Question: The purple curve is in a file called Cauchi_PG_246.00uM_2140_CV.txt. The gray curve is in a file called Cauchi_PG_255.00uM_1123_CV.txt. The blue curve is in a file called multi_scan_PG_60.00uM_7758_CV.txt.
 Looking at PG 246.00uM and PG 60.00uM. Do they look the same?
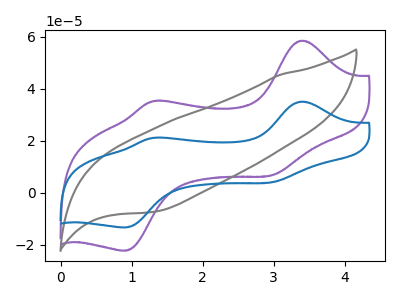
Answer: <think>The purple curve "PG 246.00uM" has anodic peaks at (3.40V, 58.50uA) (1.30V, 35.20uA) and cathodic peaks at (2.95V, 6.60uA) (0.90V, -22.25uA). The gray curve "PG 255.00uM" has no peaks. The blue curve "PG 60.00uM" has anodic peaks at (3.40V, 35.05uA) (1.30V, 21.10uA) and cathodic peaks at (2.95V, 3.95uA) (0.90V, -13.35uA).
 All the peaks in "PG 246.00uM" have a peak in "PG 60.00uM" at the same potential.</think>
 <answer>"PG 246.00uM" and "PG 60.00uM" are similar in shape.</answer>
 <eval>same_shape</eval>